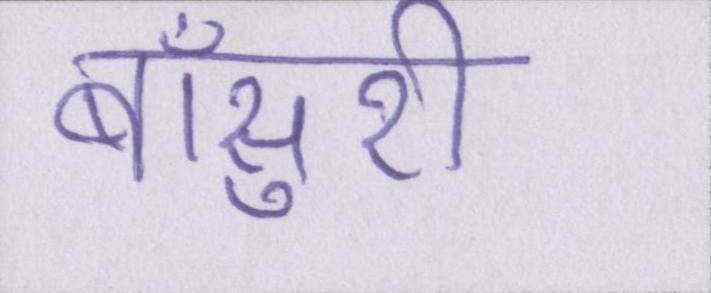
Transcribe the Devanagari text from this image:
बाँसुरी